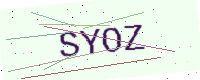
Text: SYOZ